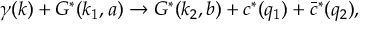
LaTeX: \gamma ( k ) + G ^ { * } ( k _ { 1 } , a ) \to G ^ { * } ( k _ { 2 } , b ) + c ^ { * } ( q _ { 1 } ) + \bar { c } ^ { * } ( q _ { 2 } ) ,